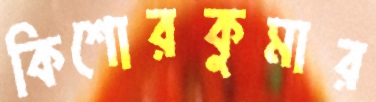
কিশোরকুমার